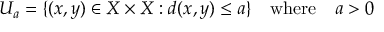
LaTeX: U _ { a } = \{ ( x , y ) \in X \times X : d ( x , y ) \leq a \} \quad { \mathrm { w h e r e } } \quad a > 0